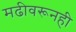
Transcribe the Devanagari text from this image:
मढीवरूनही